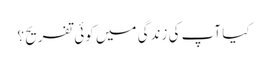
کیا آپ کی زندگی میں کوئی تفریح ؟